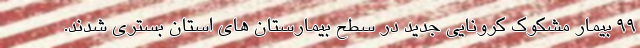
۹۹ بیمار مشکوک کرونایی جدید در سطح بیمارستان های استان بستری شدند.